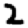
Digit: 2